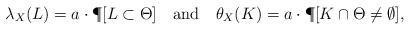
LaTeX: \begin{align*} \lambda_X(L) = a\cdot \P[ L \subset \Theta]\ \ \mbox{ and }\ \ \theta_X(K) = a\cdot \P[K\cap \Theta \not=\emptyset],\end{align*}